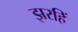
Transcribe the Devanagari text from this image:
झरहिं